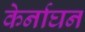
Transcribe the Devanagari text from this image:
केर्नाघन